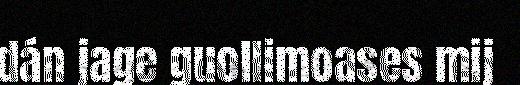
dán jage guollimoases mij